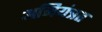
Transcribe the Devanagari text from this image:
अनियंत्रत